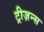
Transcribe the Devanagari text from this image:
ट्रीज़न्स